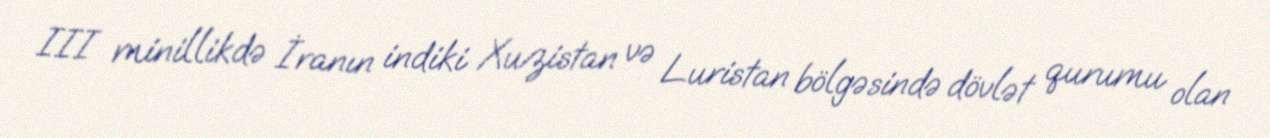
III minillikdə İranın indiki Xuzistan və Luristan bölgəsində dövlət qurumu olan